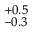
^ { + 0 . 5 } _ { - 0 . 3 }